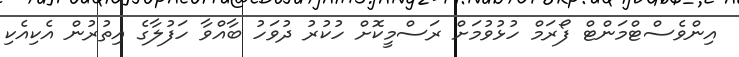
އިންވެސްޓްމަންޓް ފޯރަމް ހުޅުވުމަށް ރަސްމީކޮށް ހުކުރު ދުވަހު ބާއްވާ ހަފުލާގެ އިތުރުން އެކިއެކި